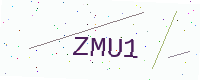
Text: ZMU1